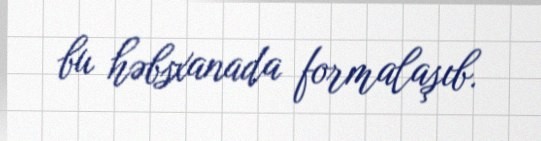
bu həbsxanada formalaşıb.